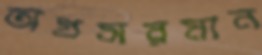
অগ্রসরমান